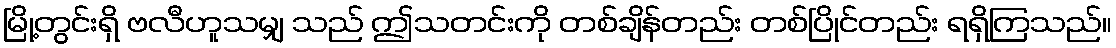
မြို့တွင်းရှိ ဗလီဟူသမျှ သည် ဤသတင်းကို တစ်ချိန်တည်း တစ်ပြိုင်တည်း ရရှိကြသည်။